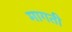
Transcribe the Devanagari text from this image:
मागती